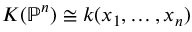
K ( \mathbb { P } ^ { n } ) \cong k ( x _ { 1 } , \ldots , x _ { n } )